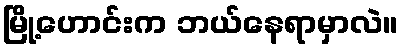
မြို့ဟောင်းက ဘယ်နေရာမှာလဲ။